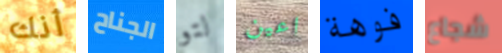
أنك الجناح لتو اعين فوهة شجاع